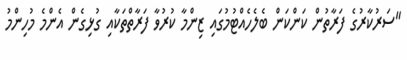
"ސަރުކާރުގެ ފަރާތުން ކަންކަން ބެލެހެއްޓުމުގައި ޒިންމާ ކުރުވާ ފަރާތްތަކާއި ގުޅިގެން އެންމެ މުހިންމު